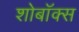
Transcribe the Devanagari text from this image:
शोबॉक्स